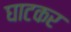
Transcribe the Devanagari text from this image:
घाटकर